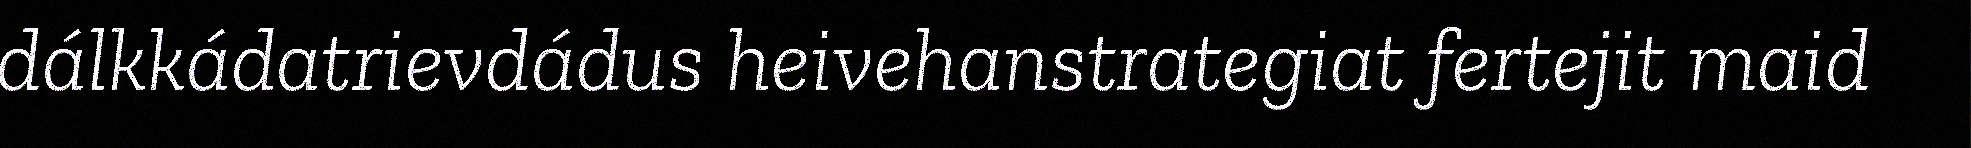
dálkkádatrievdádus heivehanstrategiat fertejit maid